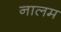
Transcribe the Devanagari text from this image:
नालम